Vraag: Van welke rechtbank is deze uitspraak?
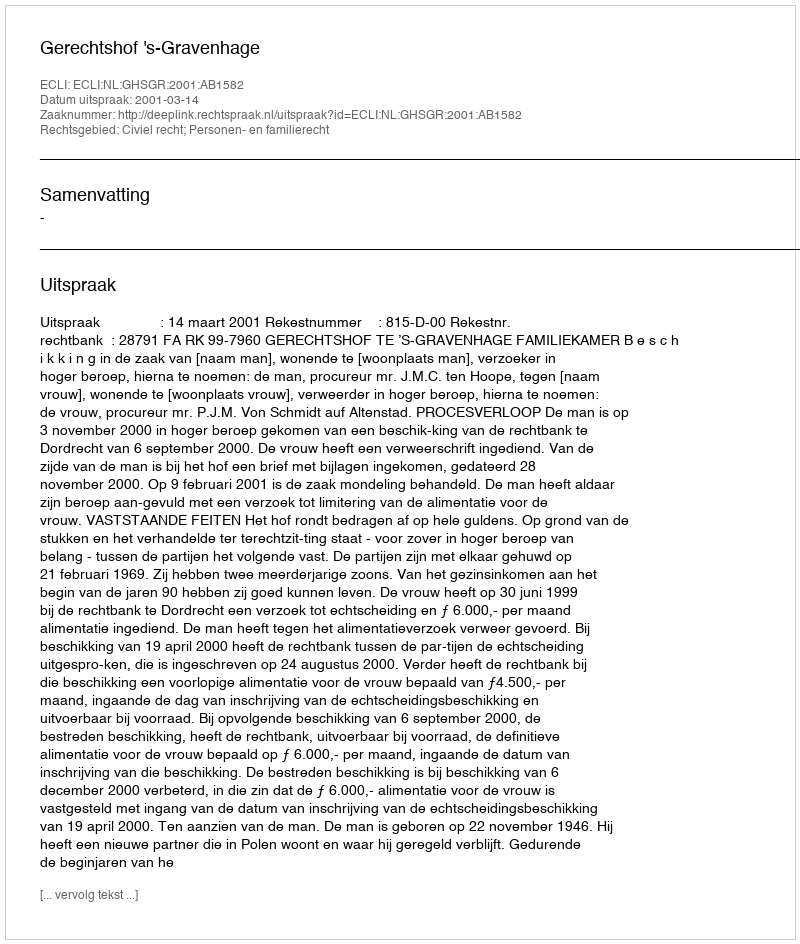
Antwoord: Gerechtshof 's-Gravenhage